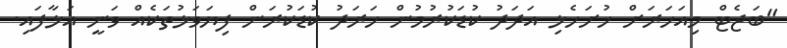
"ބަޖެޓް މިއަހަރަށް ހުށަހެޅި އަދަދު ކުޑަކުރުމުން ހަރަދު ކުޑަކުރަން ފިޔަވަޅުތަކެއް ވަނީ އަޅާފައި.